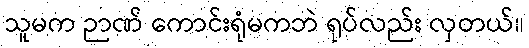
သူမက ဉာဏ် ကောင်းရုံမကဘဲ ရုပ်လည်း လှတယ်။